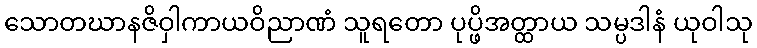
သောတဃာနဇိဝှါကာယဝိညာဏံ သူရတော ပုပ္ဖိအတ္ထာယ သမ္ပဒါနံ ယုဝါသု